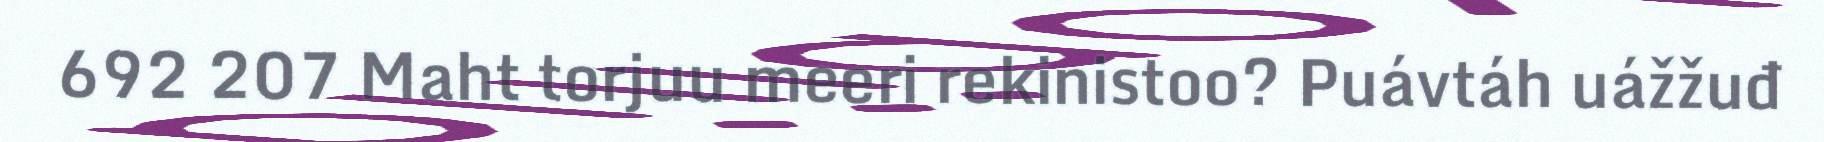
692 207 Maht torjuu meeri rekinistoo? Puávtáh uážžuđ